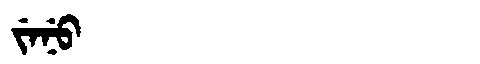
Manchu: ᠵᡝᠨᡠ
Romanization: JENU